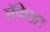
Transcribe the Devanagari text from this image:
मॅकेन्ना